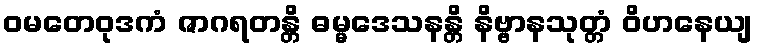
ဝမတေဝုဒကံ ဇာဂရတန္တိ ဓမ္မဒေသနန္တိ နိဗ္ဗာနသုတ္တံ ဝိဟနေယျ